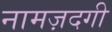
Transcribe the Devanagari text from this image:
नामज़दगी